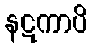
နဋကာပိ